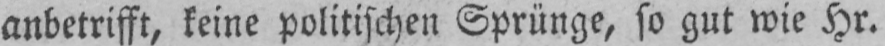
anbetrifft, keine politischen Sprünge, so gut wie Hr.